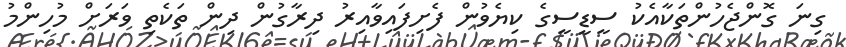
ގިނަ ގޮންޖެހުންތަކާއެކު ސީޑީސީގެ ކިޔެވުން ފެށިފައިވާއިރު ދިރާގުން ދިން ތަކެތި ވަރަށް މުހިންމު